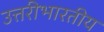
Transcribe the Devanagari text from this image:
उत्तरीभारतीय